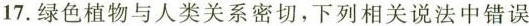
17.绿色植物与人类关系密切，下列相关说法中错误